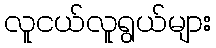
လူငယ်လူရွယ်များ